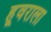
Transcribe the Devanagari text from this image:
हूवराला